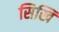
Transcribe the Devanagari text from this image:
सिखि